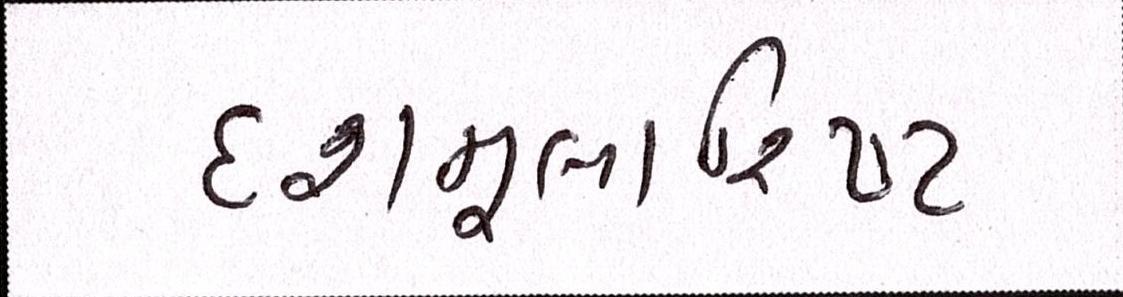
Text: દશમૂલારિષ્ટ